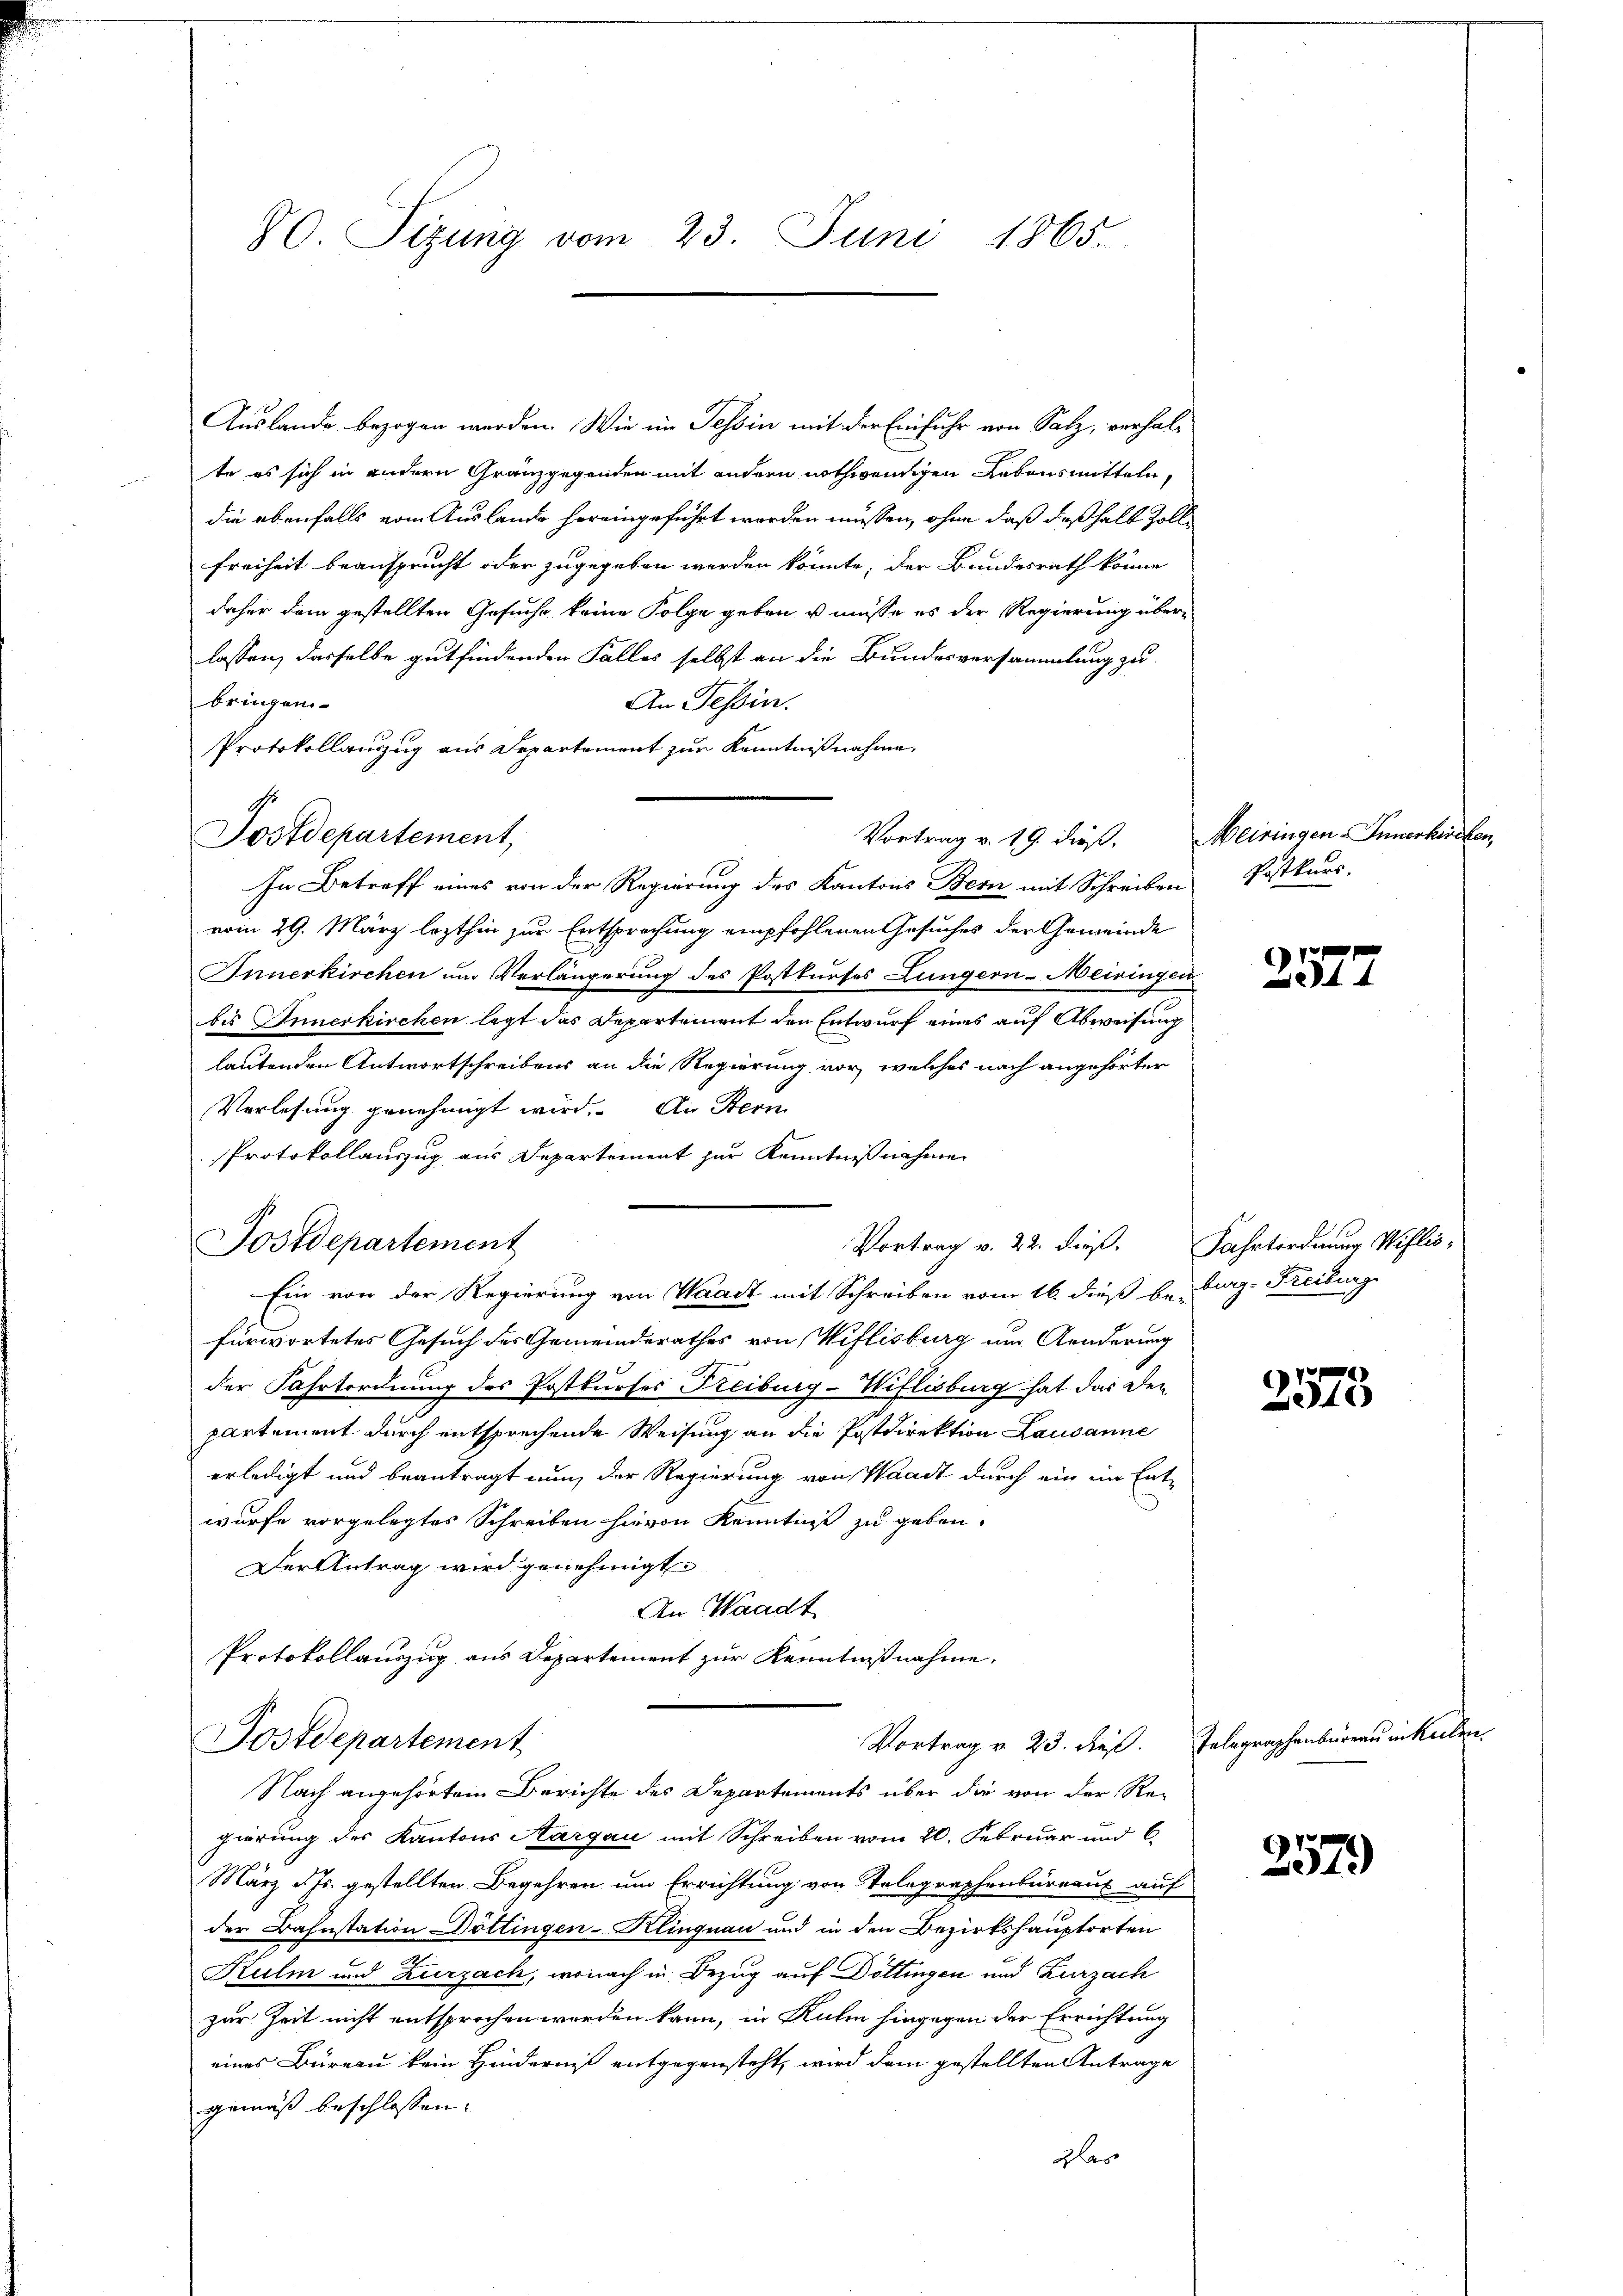
80. Sizung vom 23. Juni 1865.

Auslande bezogen werden. Wie im Tessin mit der Einfuhr von Salz, verhalte es sich in andern Granzgegenden mit andern nothwendigen Lebensmitteln,
die ebenfalls vom Auslande hereingeführt worden müssen, ohne daß deßhalb Zoll¬
Freiheit beansprucht oder zugegeben werden könnte, der Bundesrath könne
daher dem gestellten Gesuche keine Folge geben u müsse es der Regierung überlassen, dasselbe gutfindenden Falles selbst an die Bundesversammlung zu
bringen
An Tessin.
Protokollauszug aus Departement zur Kenntnißnahme.
In Betreff eines von der Regierung des Kantons Bern mit Schreiben
vom 29. März lezthin zur Entsprechung empfohlenen Gesuches der Gemeinde
Innerkirchen um Verlängerung des Postkurses Lungern-Meiringen
bis Innerkirchen legt das Departement den Entwurf eines auf Abweisung
lautenden Antwortschreibens an die Regierung vor, welches nach angehörter
Verlesung genehmigt wird. An Stern
Protokollauszug aus Departement zur Kenntnißnahme
Postdepartement
Ein von der Regierung von Waadt mit Schreiben vom 16. dieß bei Burg. Freiburge
fürwortetes Gesuch des Gemeinderathes von Wiflisburg um Anderung
der Fahrtordnung des Postkurses Treiburg-Wiflisburg hat das Den
partement durch entsprechende Weisung an die Postdirektion Lausanne
erledigt und beantragt nun, der Regierung von Waadt durch ein im Entwurfe vorgelegtes Schreiben hievon Kenntniß zu geben.
Der Antrag wird genehmigt
An Waadt
Protokollauszug aus Departement zur Kenntnißnahme.
Vortrag v. 23. dieß. Telegraphenbüreau in Kellen.
Postdepartement
Nach angehörtem Berichte des Departements über die von der Re-
gierung des Kantons Aargau mit Schreiben vom 20. Februar und 6.
März d. Js. gestellten Begehren um Errichtung von Telegraphenbureaus auf
der Bahnstation Dottingen-Klingnau und in den Bezirkshauptorten
Kulm und Zurzach, wonach in Bezug auf Döttingen und Zurzach
zur Zeit nicht entsprochen worden kann, in Kulm hingegen der Errichtung
eines Büreau kein Hinderniß entgegensteht, wird dem gestellten Antrage
gemäß beschlossen:
Das

Postdepartement,

Vortrag v. 22. dieß. Fahrtordnung Wiflis-

Vortrag v. 19. dieß. Meiringen Innerhieben,

Postkurs.

2577

2573

257.